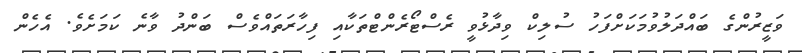
ވަޒީރުންގެ ބައްދަލުވުމަކަށްފަހު ސުލިކް ވިދާޅުވީ ރެސްޓޯރެންޓްތަކާއި ފިހާރަތައްވެސް ބަންދު ވާނެ ކަމަށެވެ. އެހެން